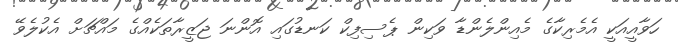
ހަވާއީއަކީ އެމެރިކާގެ މެއިންލެންޑާ ވަކިން ޕެސިފިކް ކަނޑުގައި އޮންނަ ޖަޒީރާތަކެއްގެ މައްޗަށް އެކުލެވޭ